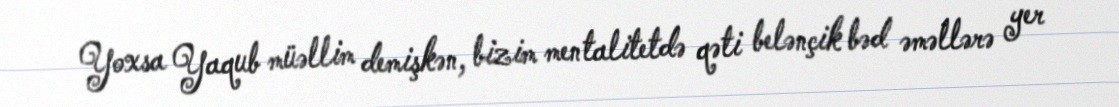
Yoxsa Yaqub müəllim demişkən, bizim mentalitetdə qəti belənçik bəd əməllərə yer